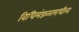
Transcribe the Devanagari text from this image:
विधिमंडळामधील